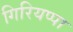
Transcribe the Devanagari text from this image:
गिरियप्पा